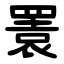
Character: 瞏